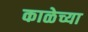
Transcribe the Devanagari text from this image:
काळेच्या